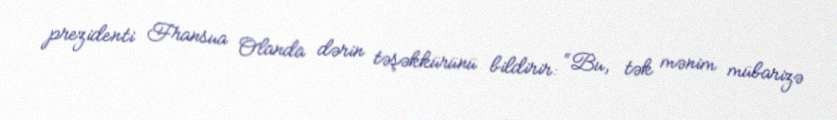
prezidenti Fransua Olanda dərin təşəkkürünü bildirir: “Bu, tək mənim mübarizə